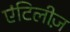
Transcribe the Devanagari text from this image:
एंटिलीज़